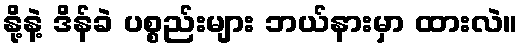
နို့နဲ့ ဒိန်ခဲ ပစ္စည်းများ ဘယ်နားမှာ ထားလဲ။